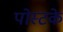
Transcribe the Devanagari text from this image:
पोस्टके